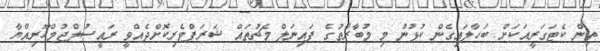
ތިން ކެޓަގަރީއަކަށް ބަހާލައިގެން ކުޅުނު މި މުބާރާތުގެ ފައިނަލް މެޗުތައް ޝަރަފްވެރިކޮށްދެއްވީ ރައީސުލްޖުމްހޫރިއްޔާ